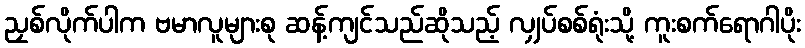
ညှစ်လိုက်ပါက ဗမာလူများစု ဆန့်ကျင်သည်ဆိုသည့် လျှပ်စစ်ရုံးသို့ ကူးစက်ရောဂါပိုး